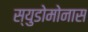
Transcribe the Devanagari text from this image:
स्युडोमोनास